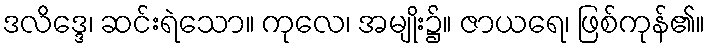
ဒလိဒ္ဒေ၊ ဆင်းရဲသော။ ကုလေ၊ အမျိုး၌။ ဇာယရေ၊ ဖြစ်ကုန်၏။